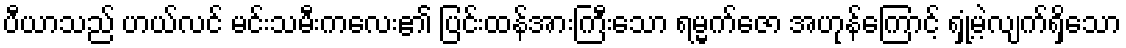
ပီယာသည် ဟယ်လင် မင်းသမီးကလေး၏ ပြင်းထန်အားကြီးသော ရမ္မက်ဇော အဟုန်ကြောင့် ရှုံ့မဲ့လျက်ရှိသော